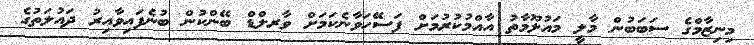
މިނިޒާމްގެ ސަބަބުން މާލީ މައުލޫމާތު އާއްމުކުރުމަށް ފަސޭހަވާނެކަމަށް ވާރލްޑް ބޭންކުން ބުނެފައިވާއިރު ދައުލަތުގެ